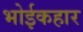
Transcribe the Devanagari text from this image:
भोईकहार